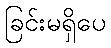
ခြင်းမရှိပေ